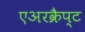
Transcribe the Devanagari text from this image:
एअरक्रैप्ट